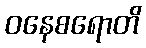
ဝနေစရောတိ